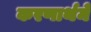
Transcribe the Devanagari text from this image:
करणार्थमे